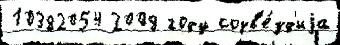
10382054 2008 году созв'е́зд'иjа